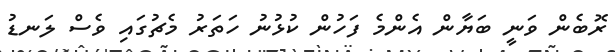
ރޮބެން ވަނީ ބަޔާން އެންމެ ފަހުން ކުޅުނު ހަތަރު މެޗުގައި ވެސް ލަނޑު